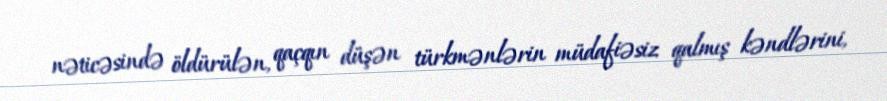
nəticəsində öldürülən, qaçqın düşən türkmənlərin müdafiəsiz qalmış kəndlərini,